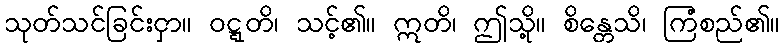
သုတ်သင်ခြင်းငှာ။ ဝဋ္ဋတိ၊ သင့်၏။ ဣတိ၊ ဤသို့။ စိန္တေသိ၊ ကြံစည်၏။